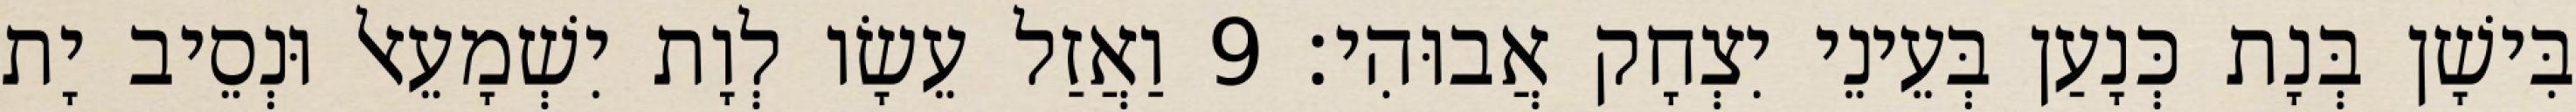
בִּישָׁן בְּנָת כְּנָעַן בְּעֵינֵי יִצְחָק אֲבוּהִי׃ 9 וַאֲזַל עֵשָׂו לְוָת יִשְׁמָעֵאל וּנְסֵיב יָת